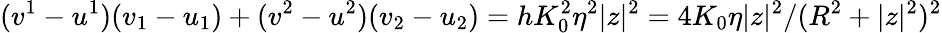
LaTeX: (v^{1}-u^{1})(v_{1}-u_{1})+(v^{2}-u^{2})(v_{2}-u_{2})=hK_{0}^{2}\eta^{2}|z|^{2}=4K_{0}\eta|z|^{2}/(R^{2}+|z|^{2})^{2}